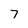
Character: 7